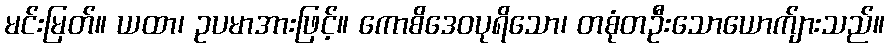
မင်းမြတ်။ ယထာ၊ ဥပမာအားဖြင့်။ ကောစိဒေဝပုရိသော၊ တစုံတဦးသောယောက်ျားသည်။